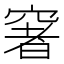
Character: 𥧏